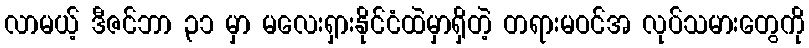
လာမယ့် ဒီဇင်ဘာ ၃၁ မှာ မလေးရှားနိုင်ငံထဲမှာရှိတဲ့ တရားမဝင်အ လုပ်သမားတွေကို